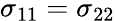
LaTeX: \sigma_{11}=\sigma_{22}